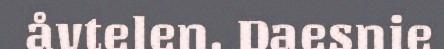
åvtelen. Daesnie